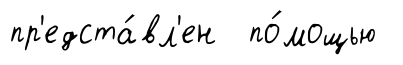
пр'едста́вл'ен по́мощью